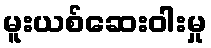
မူးယစ်ဆေးဝါးမှု